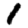
Digit: 1